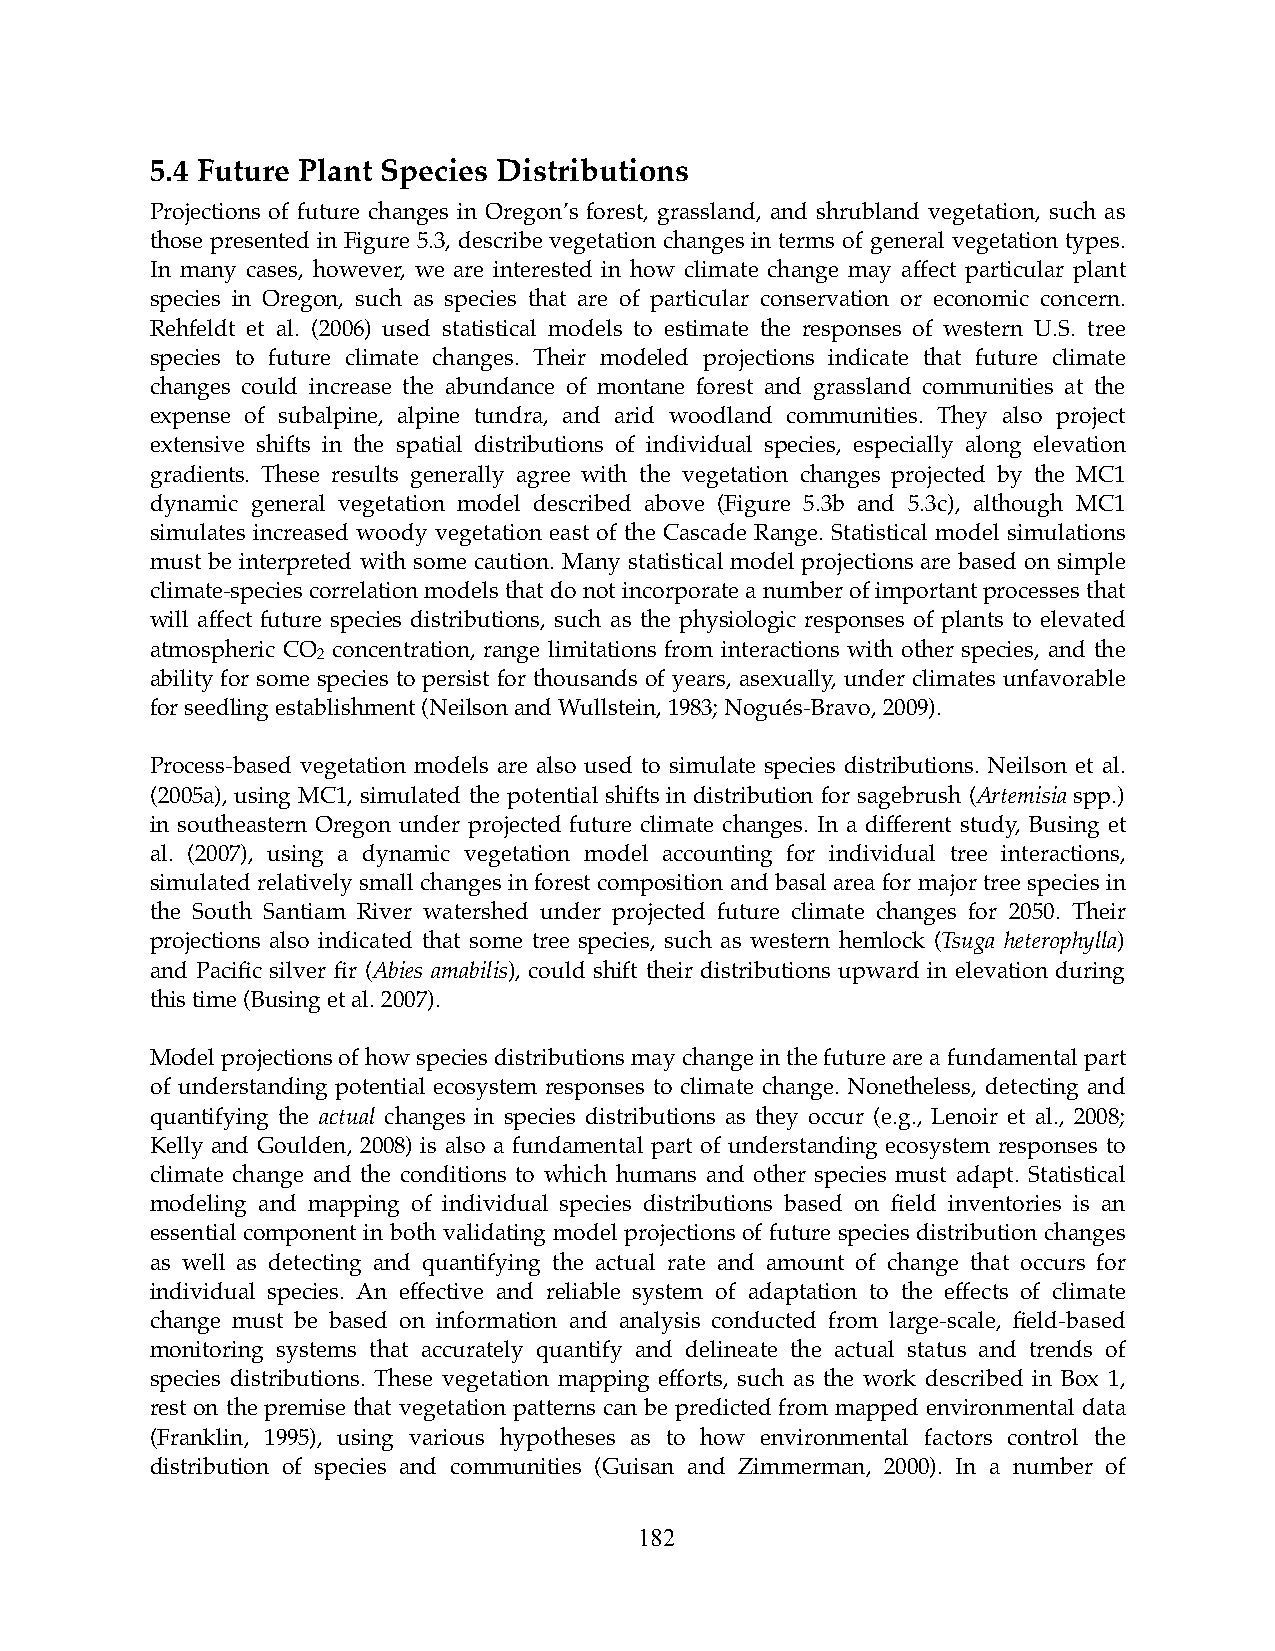
5.4 Future Plant Species Distributions
 Projections of future changes in Oregon’s forest, grassland, and shrubland vegetation, such as
 those presented in Figure 5.3, describe vegetation changes in terms of general vegetation types.
 In many cases, however, we are interested in how climate change may affect particular plant
 species in Oregon, such as species that are of particular conservation or economic concern.
 Rehfeldt et al. (2006) used statistical models to estimate the responses of western U.S. tree
 species to future climate changes. Their modeled projections indicate that future climate
 changes could increase the abundance of montane forest and grassland communities at the
 expense of subalpine, alpine tundra, and arid woodland communities. They also project
 extensive shifts in the spatial distributions of individual species, especially along elevation
 gradients. These results generally agree with the vegetation changes projected by the MC1
 dynamic general vegetation model described above (Figure 5.3b and 5.3c), although MC1
 simulates increased woody vegetation east of the Cascade Range. Statistical model simulations
 must be interpreted with some caution. Many statistical model projections are based on simple
 climate-species correlation models that do not incorporate a number of important processes that
 will affect future species distributions, such as the physiologic responses of plants to elevated
 atmospheric CO concentration, range limitations from interactions with other species, and the
 2
 ability for some species to persist for thousands of years, asexually, under climates unfavorable
 for seedling establishment (Neilson and Wullstein, 1983; Nogués-Bravo, 2009).
 Process-based vegetation models are also used to simulate species distributions. Neilson et al.
 (2005a), using MC1, simulated the potential shifts in distribution for sagebrush (Artemisia spp.)
 in southeastern Oregon under projected future climate changes. In a different study, Busing et
 al. (2007), using a dynamic vegetation model accounting for individual tree interactions,
 simulated relatively small changes in forest composition and basal area for major tree species in
 the South Santiam River watershed under projected future climate changes for 2050. Their
 projections also indicated that some tree species, such as western hemlock (Tsuga heterophylla)
 and Pacific silver fir (Abies amabilis), could shift their distributions upward in elevation during
 this time (Busing et al. 2007).
 Model projections of how species distributions may change in the future are a fundamental part
 of understanding potential ecosystem responses to climate change. Nonetheless, detecting and
 quantifying the actual changes in species distributions as they occur (e.g., Lenoir et al., 2008;
 Kelly and Goulden, 2008) is also a fundamental part of understanding ecosystem responses to
 climate change and the conditions to which humans and other species must adapt. Statistical
 modeling and mapping of individual species distributions based on field inventories is an
 essential component in both validating model projections of future species distribution changes
 as well as detecting and quantifying the actual rate and amount of change that occurs for
 individual species. An effective and reliable system of adaptation to the effects of climate
 change must be based on information and analysis conducted from large-scale, field-based
 monitoring systems that accurately quantify and delineate the actual status and trends of
 species distributions. These vegetation mapping efforts, such as the work described in Box 1,
 rest on the premise that vegetation patterns can be predicted from mapped environmental data
 (Franklin, 1995), using various hypotheses as to how environmental factors control the
 distribution of species and communities (Guisan and Zimmerman, 2000). In a number of
 182